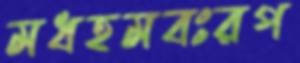
মধহমবঃরপ